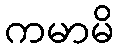
ကမာမိ